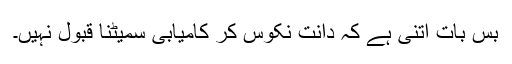
بس بات اتنی ہے کہ دانت نکوس کر کامیابی سمیٹنا قبول نہیں۔